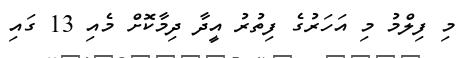
މި ފިލްމު މި އަހަރުގެ ފިތުރު އީދާ ދިމާކޮށް މެއި 13 ގައި